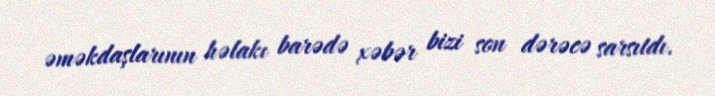
əməkdaşlarının həlakı barədə xəbər bizi son dərəcə sarsıtdı.